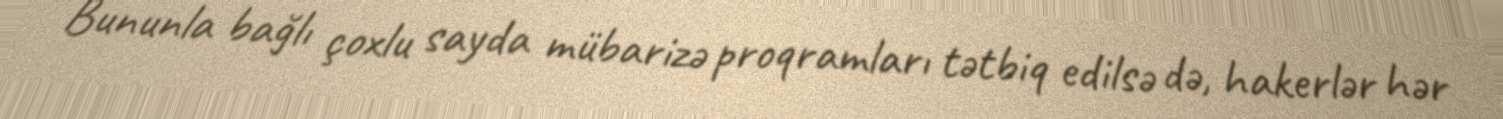
Bununla bağlı çoxlu sayda mübarizə proqramları tətbiq edilsə də, hakerlər hər